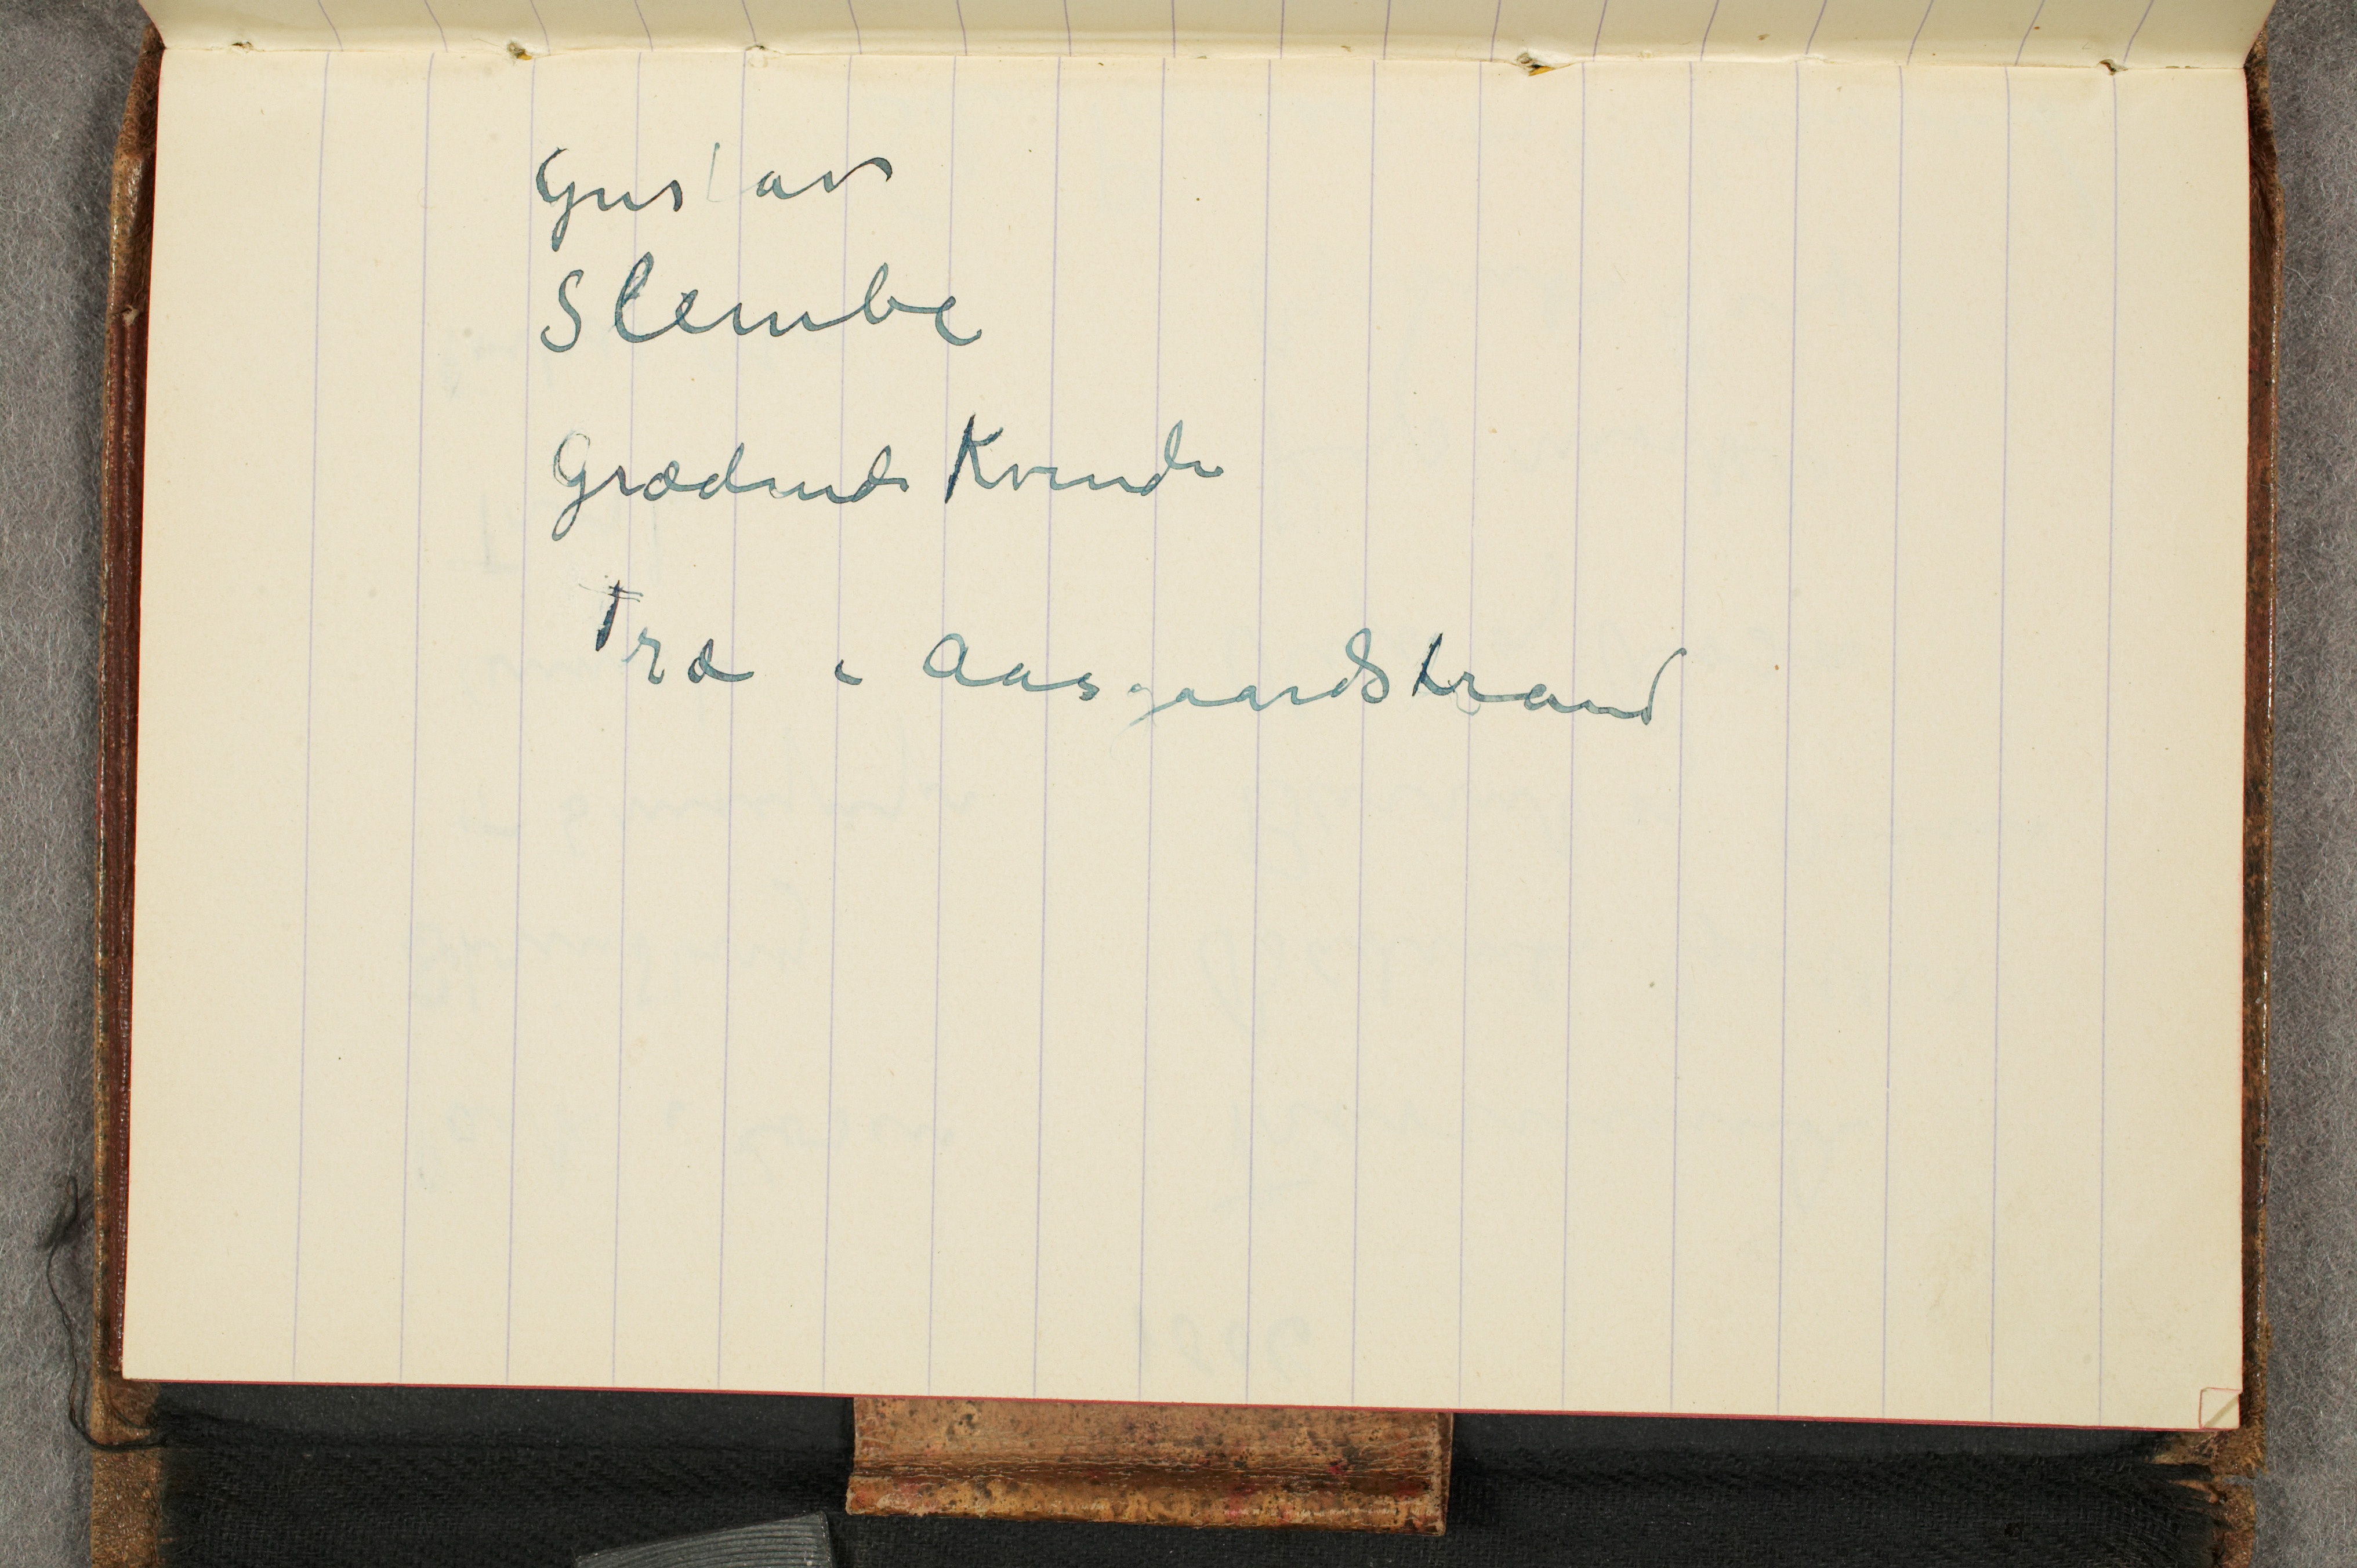
Gustav
Slembe
Grædende Kvinde
Træ i Aasgaardstrand